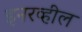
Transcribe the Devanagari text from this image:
इनरव्हील